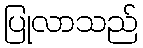
ပြုလာသည်